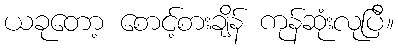
ယခုတော့ စောင့်စားချိန် ကုန်ဆုံးလုပြီ။